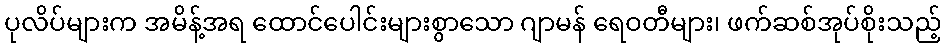
ပုလိပ်များက အမိန့်အရ ထောင်ပေါင်းများစွာသော ဂျာမန် ရေဝတီများ၊ ဖက်ဆစ်အုပ်စိုးသည့်